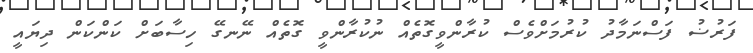
ފަރުޟު ފަސްނަމާދު ކުރުމަށްވެސް ކުރާންވީގޮތެއް ނުކުރާންވީ ގޮތެއް ނޭނގޭ ހިސާބަށް ކަންކަން ދިޔައީ